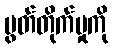
ပွတ်တိုက်မှုကို